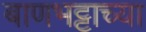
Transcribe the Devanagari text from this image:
बाणभट्टाच्या